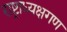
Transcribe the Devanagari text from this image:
राष्ट्राध्यक्षगण